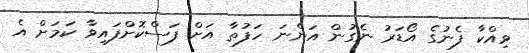
ވިއްކާ ފެނުގެ އޯޑަރު ނެގުން އަންނަ ހަފުތާ އަށް ފަސްކޮށްފައިވާ ކަމަށް އެ